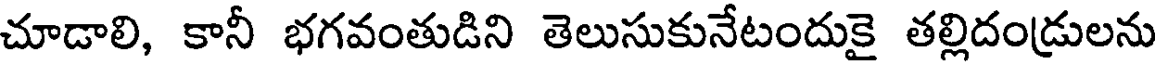
చూడాలి, కానీ భగవంతుడిని తెలుసుకునేటందుకై తల్లిదండ్రులను